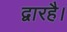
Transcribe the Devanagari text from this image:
द्वारहै।